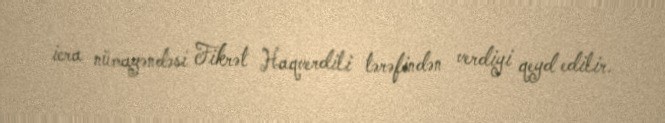
icra nümayəndəsi Fikrət Haqverdili tərəfindən verdiyi qeyd edilir.